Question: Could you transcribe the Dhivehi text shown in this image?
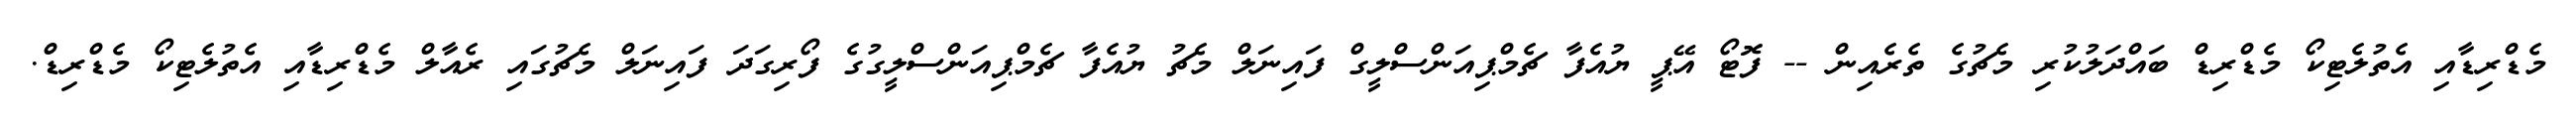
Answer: މެޑްރިޑާއި އެތުލެޓިކޯ މެޑްރިޑް ބައްދަލުކުރި މެޗުގެ ތެރެއިން -- ފޮޓޯ އޭޕީ ޔުއެފާ ޗެމްޕިއަންސްލީގް ފައިނަލް މެޗު ޔުއެފާ ޗެމްޕިއަންސްލީގުގެ ފޯރިގަދަ ފައިނަލް މެޗުގައި ރެއާލް މެޑްރިޑާއި އެތުލެޓިކޯ މެޑްރިޑް.